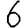
Digit: 6